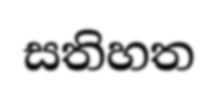
සතිහත